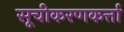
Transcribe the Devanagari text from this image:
सूचीकरणकर्त्ता